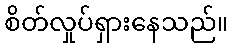
စိတ်လှုပ်ရှားနေသည်။